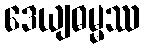
ဒေယျဓမ္မဿ